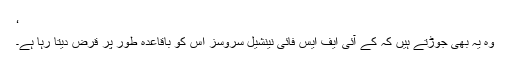
‘
وہ یہ بھی جوڑتے ہیں کہ کے آئی ایف ایس فائی نینشیل سروسز اس کو باقاعدہ طور پر قرض دیتا رہا ہے۔